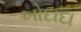
ખોદાદા